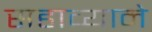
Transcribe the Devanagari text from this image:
सहाव्याने